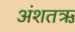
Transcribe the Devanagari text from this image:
अंशतऋ